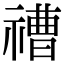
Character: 䄚